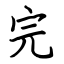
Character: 完